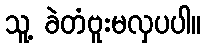
သူ့ ခဲတံဗူးမလှပပါ။